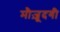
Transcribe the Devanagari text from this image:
मौज़ूदगी